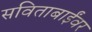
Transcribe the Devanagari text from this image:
सविताबाईंवर